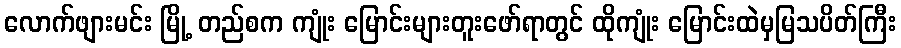
လောက်ဖျားမင်း မြို့ တည်စက ကျုံး မြောင်းများတူးဖော်ရာတွင် ထိုကျုံး မြောင်းထဲမှမြသပိတ်ကြီး